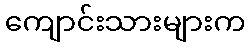
ကျောင်းသားများက